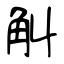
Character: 觓